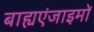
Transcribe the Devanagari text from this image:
बाह्यएंजाइमों